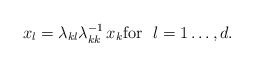
\begin{align*}x_l= \lambda_{kl}\lambda_{kk}^{-1}\,x_k {\rm for}~~ l=1\dots,d.\end{align*}